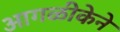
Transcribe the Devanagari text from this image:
आगळीकेने